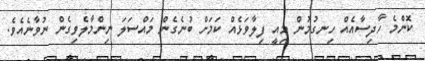
ކޮންމެ ހާދިސާއެއް ހިނގުމުން މިއީ ފިލާވަޅެއް ކަމަށް ބުނެގެން މައްސަލަ ނިންމާލެވިގެން ނުވާނެއެވެ.